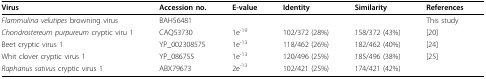
<table><thead><tr><td><b>Virus</b></td><td><b>Accession no.</b></td><td><b>E-value</b></td><td><b>Identity</b></td><td><b>Similarity</b></td><td><b>References</b></td></tr></thead><tbody><tr><td><i>Flammulina velutipes </i>browning virus</td><td>BAH56481</td><td></td><td></td><td></td><td>This study</td></tr><tr><td><i>Chondrostereum purpureum </i>cryptic viru 1</td><td>CAQ53730</td><td>1e<sup>-19</sup></td><td>102/372 (28%)</td><td>158/372 (43%)</td><td>[20]</td></tr><tr><td>Beet cryptic virus 1</td><td>YP_002308575</td><td>1e<sup>-13</sup></td><td>118/462 (26%)</td><td>182/462 (40%)</td><td>[24]</td></tr><tr><td>Whit clover cryptic virus 1</td><td>YP_086755</td><td>1e<sup>-13</sup></td><td>120/496 (25%)</td><td>185/496 (38%)</td><td>[25]</td></tr><tr><td><i>Raphanus sativus </i>cryptic virus 1</td><td>ABX79673</td><td>2e<sup>-13</sup></td><td>102/421 (25%)</td><td>174/421 (42%)</td><td></td></tr></tbody></table>